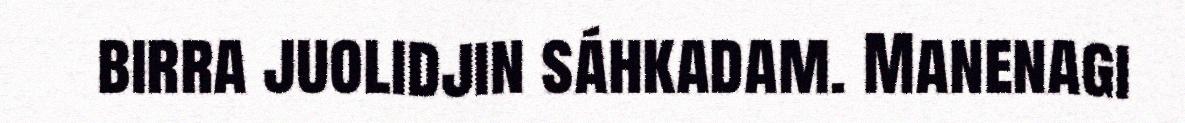
birra juolidjin sáhkadam. Manenagi